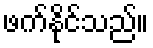
ဖက်နိုင်သည်။